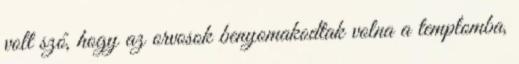
volt szó, hogy az orvosok benyomakodtak volna a templomba,